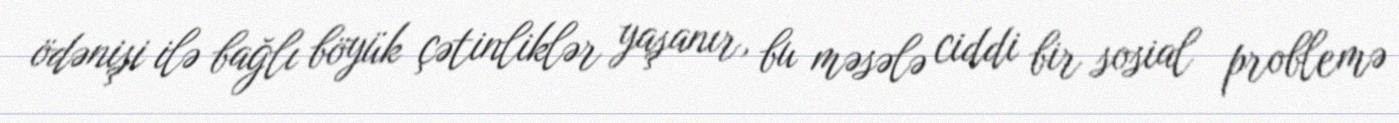
ödənişi ilə bağlı böyük çətinliklər yaşanır, bu məsələ ciddi bir sosial problemə